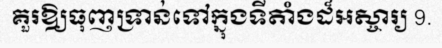
គួរឱ្យធុញទ្រាន់ទៅក្នុងទីតាំងដ៏អស្ចារ្យ 9.